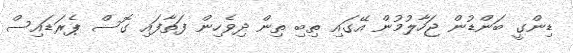
ޑިންގީ ބަންޑުން ޖަހާލުމުން އޭގައި ތިބި ތިން ދިވެހިން ފަތާފައި ގޮސް ޕެރަޑައިސް